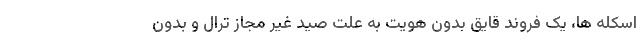
اسکله ها، یک فروند قایق بدون هویت به علت صید غیر مجاز ترال و بدون